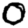
Digit: 0